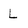
Character: L